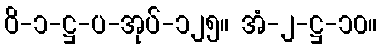
ဝိ-၁-ဋ္ဌ-ပ-အုပ်-၁၂၅။ အံ-၂-ဋ္ဌ-၁၀။